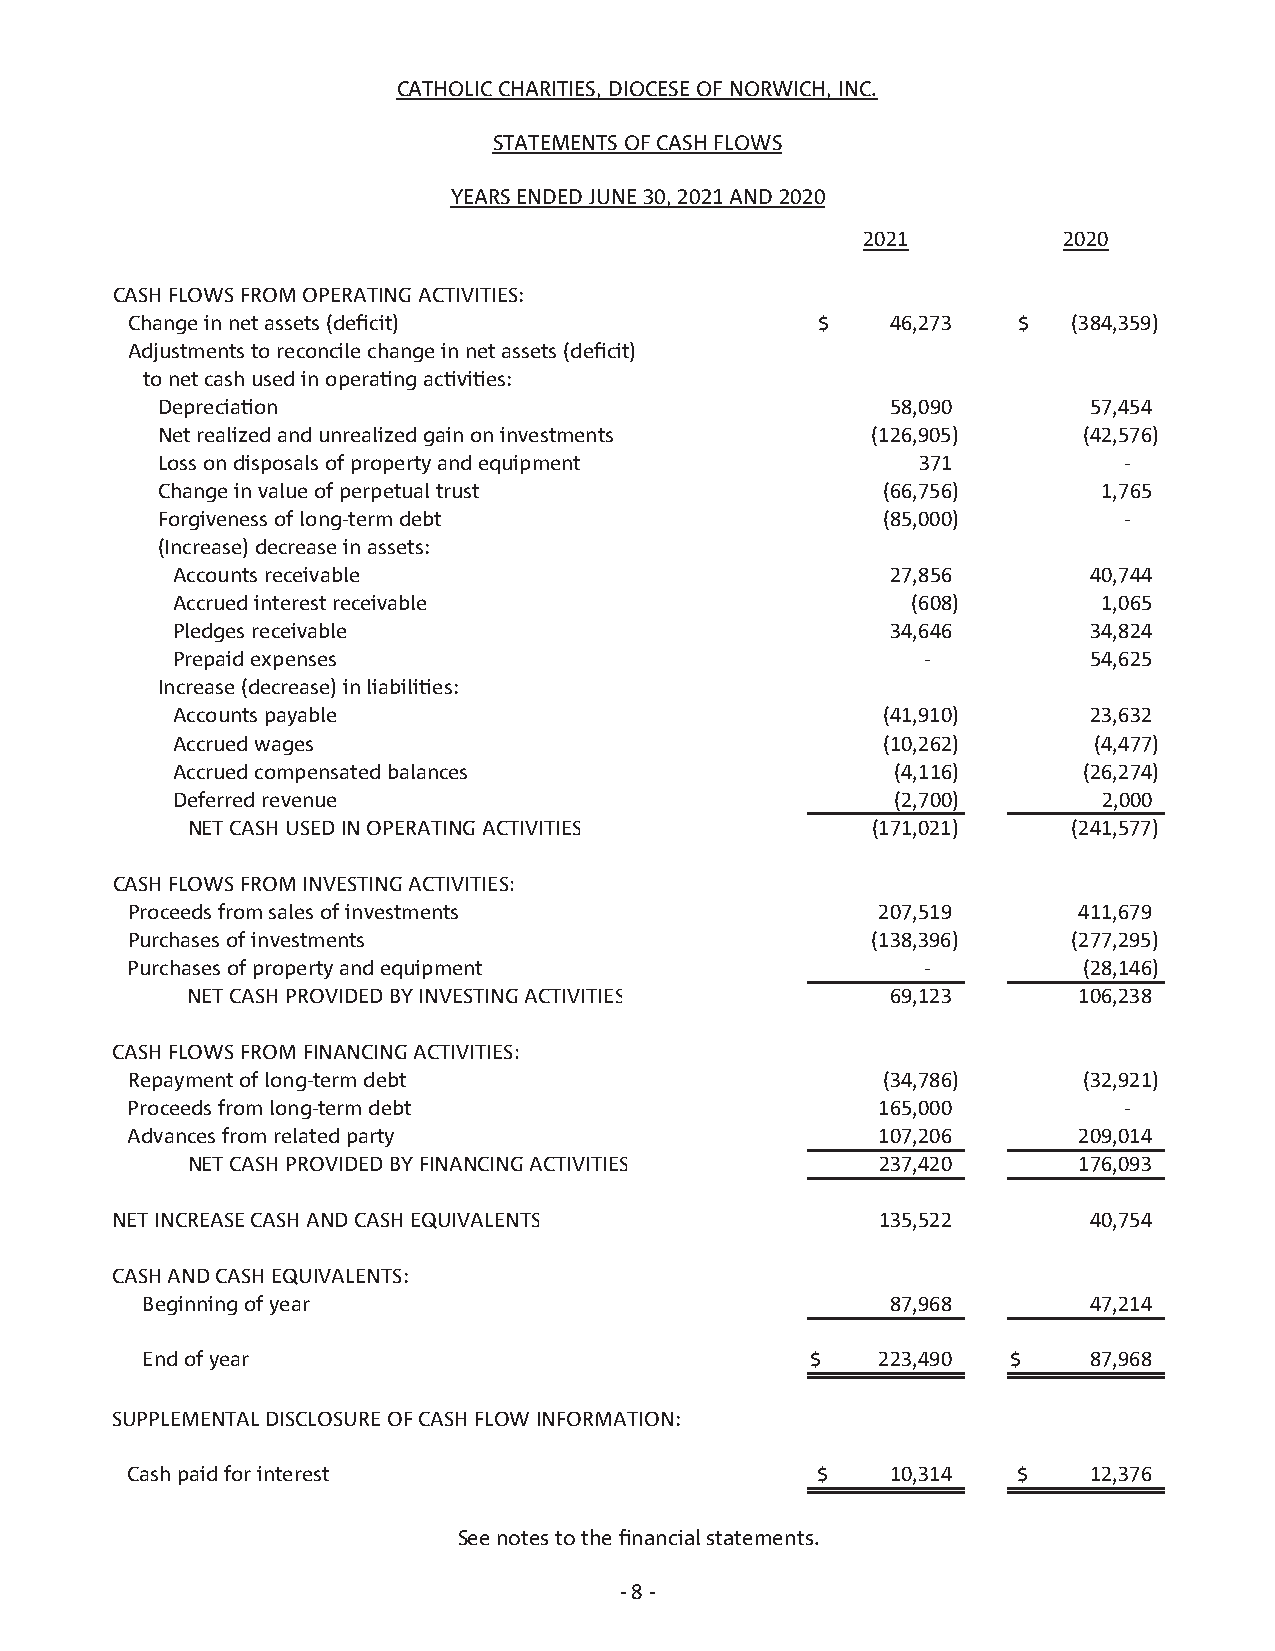
CATHOLIC CHARITIES, DIOCESE OF NORWICH, INC.
 STATEMENTS OF CASH FLOWS
 YEARS ENDED JUNE 30, 2021 AND 2020
 2021         2020
 CASH FLOWS FROM OPERATING ACTIVITIES:
 Change in net assets (deficit)                $    46,273  $   (384,359)
 Adjustments to reconcile change in net assets (deficit)
 to net cash used in operating activities:
 Depreciation                                     58,090       57,454
 Net realized and unrealized gain on investments (126,905)     ( 42,576)
 Loss on disposals of property and equipment        371          -
 Change in value of perpetual trust              ( 66,756)      1,765
 Forgiveness of long-term debt                   ( 85,000)       -
 (Increase) decrease in assets:
 Accounts receivable                             27,856       40,744
 Accrued interest receivable                      (608)        1,065
 Pledges receivable                              34,646       34,824
 Prepaid expenses                                  -          54,625
 Increase (decrease) in liabilities:
 Accounts payable                               ( 41,910)     23,632
 Accrued wages                                  ( 10,262)     (4,477)
 Accrued compensated balances                    (4,116)      ( 26,274)
 Deferred revenue                                (2,700)       2,000
 NET CASH USED IN OPERATING ACTIVITIES         (171,021)    (241,577)
 CASH FLOWS FROM INVESTING ACTIVITIES:
 Proceeds from sales of investments                207,519      411,679
 Purchases of investments                          (138,396)    (277,295)
 Purchases of property and equipment                  -          ( 28,146)
 NET CASH PROVIDED BY INVESTING ACTIVITIES      69,123      106,238
 CASH FLOWS FROM FINANCING ACTIVITIES:
 Repayment of long-term debt                       ( 34,786)     ( 32,921)
 Proceeds from long-term debt                      165,000         -
 Advances from related party                       107,206      209,014
 NET CASH PROVIDED BY FINANCING ACTIVITIES     237,420      176,093
 NET INCREASE CASH AND CASH EQUIVALENTS             135,522       40,754
 CASH AND CASH EQUIVALENTS:
 Beginning of year                                 87,968       47,214
 End of year                                  $   223,490  $    87,968
 SUPPLEMENTAL DISCLOSURE OF CASH FLOW INFORMATION:
 Cash paid for interest                        $    10,314  $    12,376
 See notes to the financial statements.
 - 8 -